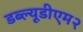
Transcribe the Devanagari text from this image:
डब्ल्यूडीएम२